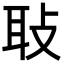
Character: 𦔼